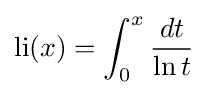
\operatorname {li} (x)=\int _{0}^{x}{\frac {dt}{\ln t}}